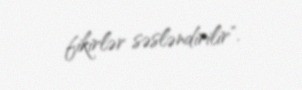
fikirlər səsləndirilir".